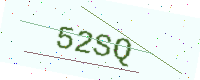
Text: 52SQ